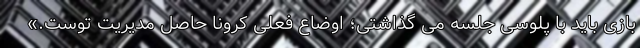
بازی باید با پلوسی جلسه می گذاشتی؛ اوضاع فعلی کرونا حاصل مدیریت توست.»